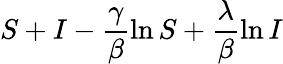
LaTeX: S+I-\frac{\gamma}{\beta}\ln S+\frac{\lambda}{\beta}\ln I